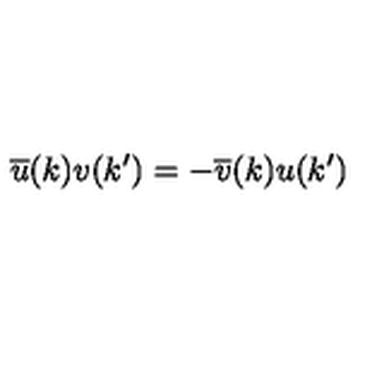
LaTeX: \overline { { u } } ( k ) v ( k ^ { \prime } ) = - \overline { { v } } ( k ) u ( k ^ { \prime } )